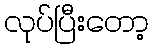
လုပ်ပြီးတော့